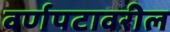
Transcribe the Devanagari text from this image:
वर्णपटावरील